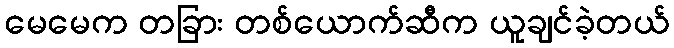
မေမေက တခြား တစ်ယောက်ဆီက ယူချင်ခဲ့တယ်